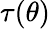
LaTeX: \tau(\theta)